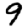
Digit: 9